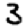
Digit: 3